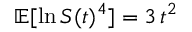
\mathbb { E } [ \ln S ( t ) ^ { 4 } ] = 3 \, t ^ { 2 }